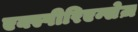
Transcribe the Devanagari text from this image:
एक्स्पीरिएन्सेज़